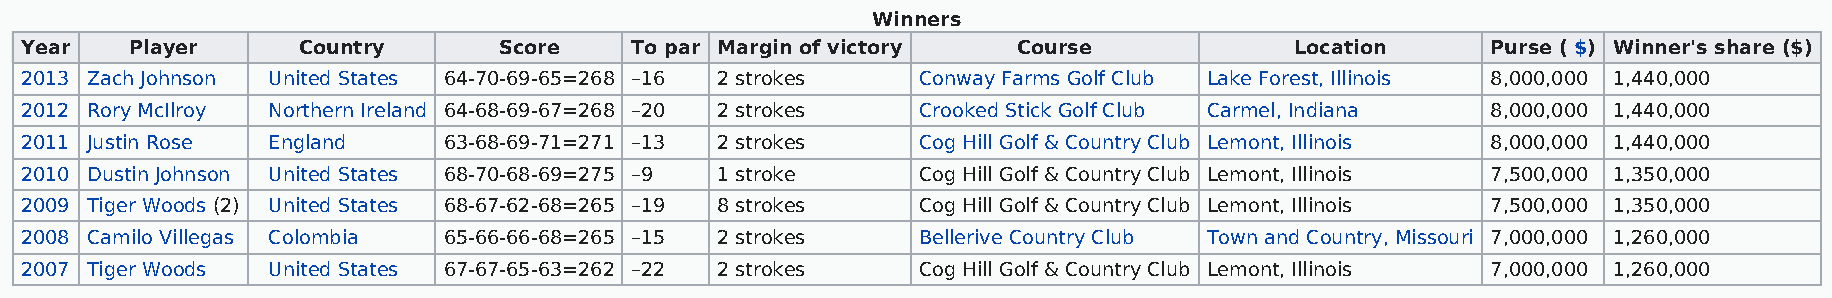
Winners
 Year    Player     Country      Score    To par Margin of victory Course             Location     Purse ( $) Winner's share ($)
 2013 Zach Johnson United States 64-70-69-65=268 –16 2 strokes Conway Farms Golf Club Lake Forest, Illinois 8,000,000 1,440,000
 2012 Rory McIlroy Northern Ireland 64-68-69-67=268 –20 2 strokes Crooked Stick Golf Club Carmel, Indiana 8,000,000 1,440,000
 2011 Justin Rose England    63-68-69-71=271 –13 2 strokes   Cog Hill Golf & Country Club Lemont, Illinois 8,000,000 1,440,000
 2010 Dustin Johnson United States 68-70-68-69=275 –9 1 stroke Cog Hill Golf & Country Club Lemont, Illinois 7,500,000 1,350,000
 2009 Tiger Woods (2) United States 68-67-62-68=265 –19 8 strokes Cog Hill Golf & Country Club Lemont, Illinois 7,500,000 1,350,000
 2008 Camilo Villegas Colombia 65-66-66-68=265 –15 2 strokes Bellerive Country Club Town and Country, Missouri 7,000,000 1,260,000
 2007 Tiger Woods United States 67-67-65-63=262 –22 2 strokes Cog Hill Golf & Country Club Lemont, Illinois 7,000,000 1,260,000